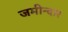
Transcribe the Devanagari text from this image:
जमीन्दार